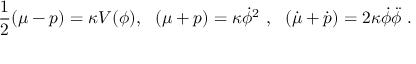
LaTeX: \frac { 1 } { 2 } ( \mu - p ) = \kappa V ( \phi ) , ~ ~ ( \mu + p ) = \kappa \dot { \phi } ^ { 2 } ~ , ~ ~ ( \dot { \mu } + \dot { p } ) = 2 \kappa \dot { \phi } \ddot { \phi } ~ .